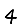
Digit: 4